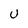
Character: U